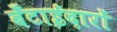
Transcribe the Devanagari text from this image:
बँटाईदारों